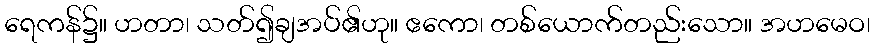
ရေကန်၌။ ဟတာ၊ သတ်၍ချအပ်၏ဟု။ ဧကော၊ တစ်ယောက်တည်းသော။ အဟမေဝ၊